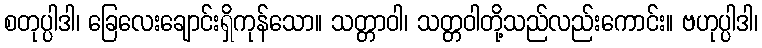
စတုပ္ပါဒါ၊ ခြေလေးချောင်းရှိကုန်သော။ သတ္တာဝါ၊ သတ္တဝါတို့သည်လည်းကောင်း။ ဗဟုပ္ပါဒါ၊